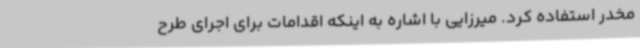
مخدر استفاده کرد. میرزایی با اشاره به اینکه اقدامات برای اجرای طرح